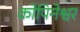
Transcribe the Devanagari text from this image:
कोपिनेश्वर